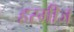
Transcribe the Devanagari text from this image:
हरमीज